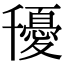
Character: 𭐰